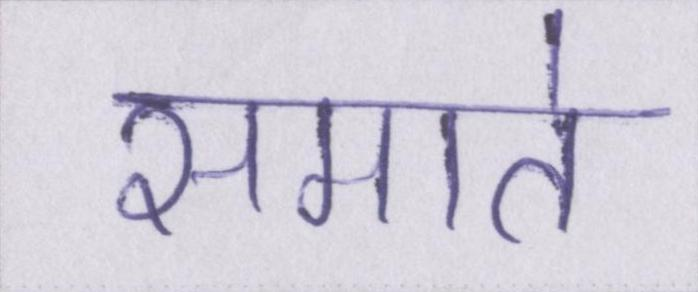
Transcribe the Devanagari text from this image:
समाते